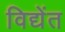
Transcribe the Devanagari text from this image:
विद्येंत